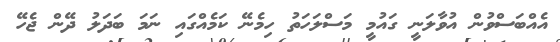
އެއްބަސްވުން އުވާލަނީ ގައުމީ މަސްލަހަތު ހިމެނޭ ކަމެއްގައި ނަމަ ބަދަލު ދޭން ޖެހޭ